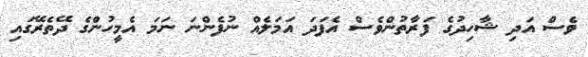
ވެސް އަދި ޝާހިދުގެ ފަރާތުންވެސް އެފަދަ އަމަލެއް ނުފެންނަ ނަމަ އެމީހުންގެ ދޭތެރޭގައި